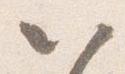
以